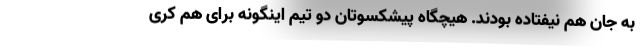
به جان هم نیفتاده بودند. هیچگاه پیشکسوتان دو تیم اینگونه برای هم کری